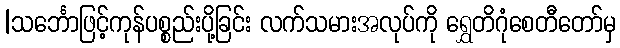
|သင်္ဘောဖြင့်ကုန်ပစ္စည်းပို့ခြင်း လက်သမားအလုပ်ကို ရွှေတိဂုံစေတီတော်မှ